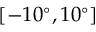
[ - 1 0 ^ { \circ } , 1 0 ^ { \circ } ]